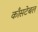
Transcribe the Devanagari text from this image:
काँसटेबल